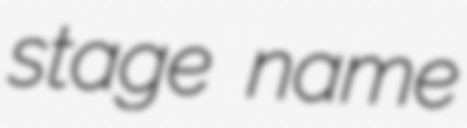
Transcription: stage name